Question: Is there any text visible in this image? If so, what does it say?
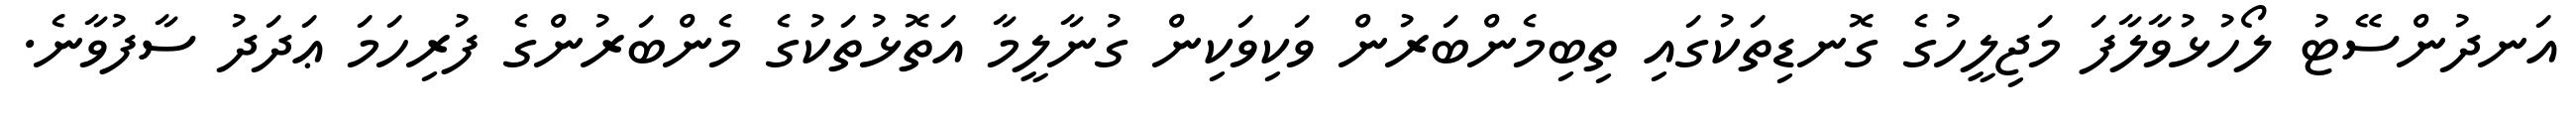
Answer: އަނދުންސޭޓު ލޯހުޅުވާލާފަ މަޖިލީހުގެ ގޮނޑިތަކުގައި ތިބިމެންބަރުން ވަކިވަކިން ގުނާލީމާ އަތޮޅުތަކުގެ މެންބަރުންގެ ފުރިހަމަ ޢަދަދު ސާފުވާނެ.